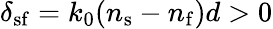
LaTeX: \delta_{\mathrm{sf}}=k_{0}(n_{\mathrm{s}}-n_{\mathrm{f}})d>0